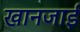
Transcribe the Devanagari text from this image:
खानजाई